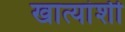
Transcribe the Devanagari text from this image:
खात्यांशी